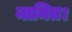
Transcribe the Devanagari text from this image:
नामित।